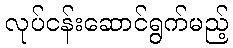
လုပ်ငန်းဆောင်ရွက်မည့်